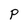
Character: p